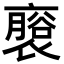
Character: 𮖬